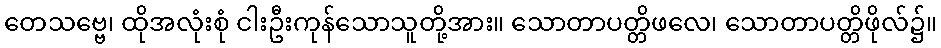
တေသဗ္ဗေ၊ ထိုအလုံးစုံ ငါးဦးကုန်သောသူတို့အား။ သောတာပတ္တိဖလေ၊ သောတာပတ္တိဖိုလ်၌။